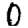
Digit: 0